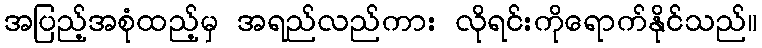
အပြည့်အစုံထည့်မှ အရည်လည်ကား လိုရင်းကိုရောက်နိုင်သည်။